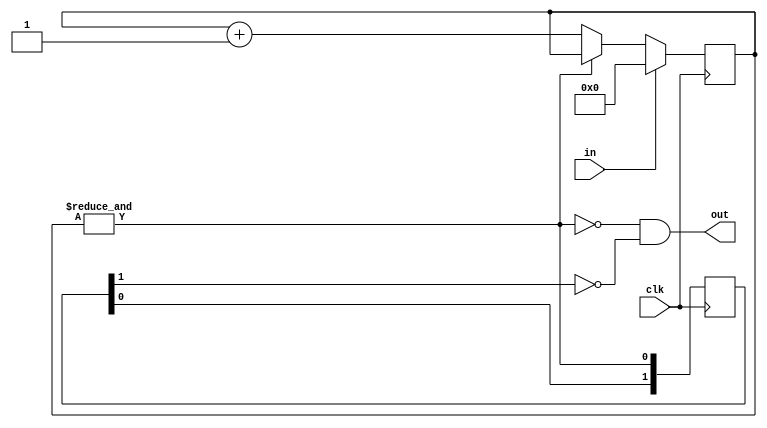
`timescale 1ns / 1ps
module deUstb(out,in,clk);
input in;
input clk;
output out;
reg [3:0] cnt_r=0;
reg [1:0] isOk_r=0;
wire isOk=&cnt_r;
always @(posedge clk) begin
        if (in==0) begin
            if(isOk) begin
                cnt_r<=cnt_r;
            end
            else begin
                cnt_r<=cnt_r+1;
            end
        end
        else begin
            cnt_r<=0;
        end
end
always @(posedge clk) begin
        isOk_r[1]<=isOk_r[0];
        isOk_r[0]<=isOk;
end
assign out=(~isOk)&(~isOk_r[1]);
endmodule